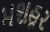
મશહૂર